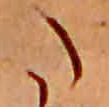
た